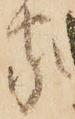
家